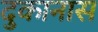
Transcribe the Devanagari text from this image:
दुकानास